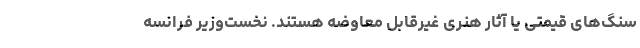
سنگ‌های قیمتی یا آثار هنری غیرقابل معاوضه هستند. نخست‌وزیر فرانسه